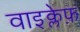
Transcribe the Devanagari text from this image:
वाइक्लेफ़